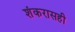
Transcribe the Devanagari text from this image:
शंकरासही